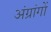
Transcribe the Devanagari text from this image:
अंग्रांगों